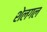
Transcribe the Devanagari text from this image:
शेलगल